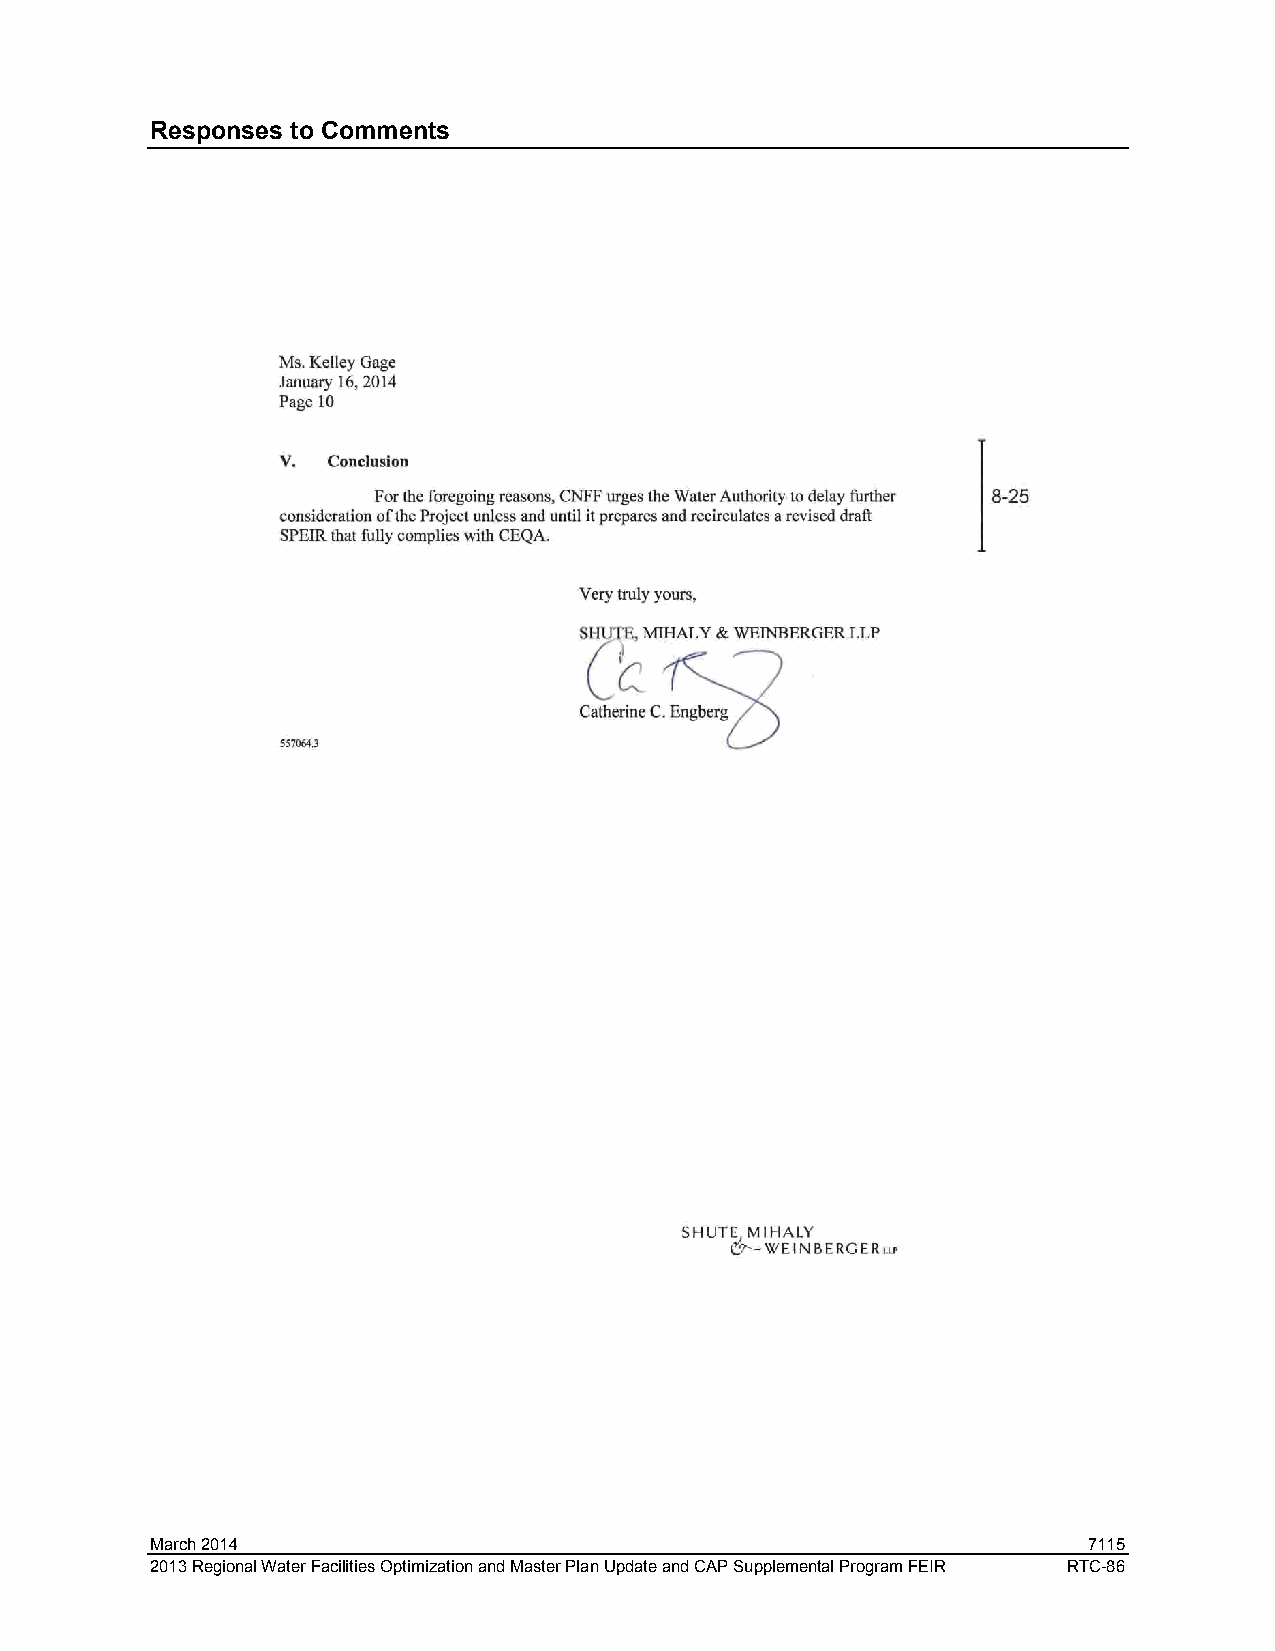
Responses to Comments
 March 2014                                                    7115
 2013 Regional Water Facilities Optimization and Master Plan Update and CAP Supplemental Program FEIR RTC-86